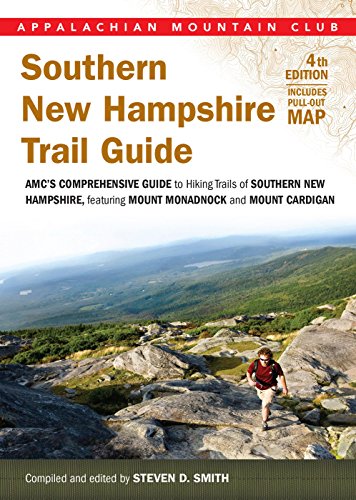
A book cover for Southern New Hampshire Trail Guide: AMC's Comprehensive Guide to Hiking Trails, Featuring Monadnock, Cardigan, Kearsarge, Lakes Region (Appalachian Mountain Club); Health, Fitness & Dieting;